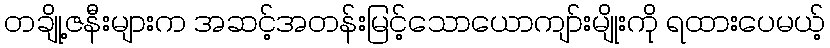
တချို့ဇနီးများက အဆင့်အတန်းမြင့်သောယောကျာ်းမျိုးကို ရထားပေမယ့်